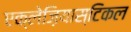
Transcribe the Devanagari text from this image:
एक्लेज़ियास्टिकल